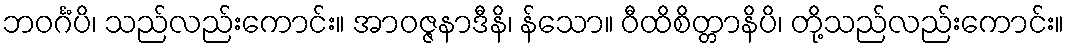
ဘဝင်္ဂံပိ၊ သည်လည်းကောင်း။ အာဝဇ္ဇနာဒီနိ၊ န်သော။ ဝီထိစိတ္တာနိပိ၊ တို့သည်လည်းကောင်း။